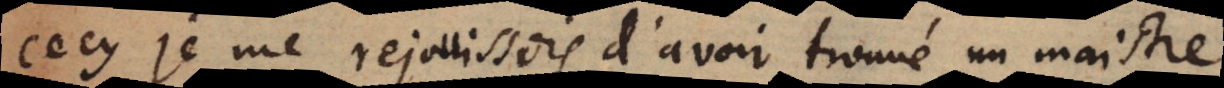
cecy, je me rejouissois d’avoir trouvé un maistre